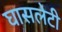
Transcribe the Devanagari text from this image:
घासलेटी